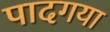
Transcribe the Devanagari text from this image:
पादगया